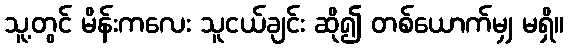
သူ့တွင် မိန်းကလေး သူငယ်ချင်း ဆို၍ တစ်ယောက်မျှ မရှိ။